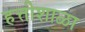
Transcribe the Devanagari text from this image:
हत्तीशाळा